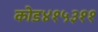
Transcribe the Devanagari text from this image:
कोड४१५३११